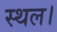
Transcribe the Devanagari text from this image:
स्‍थल।